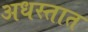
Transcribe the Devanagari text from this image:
अधस्तात